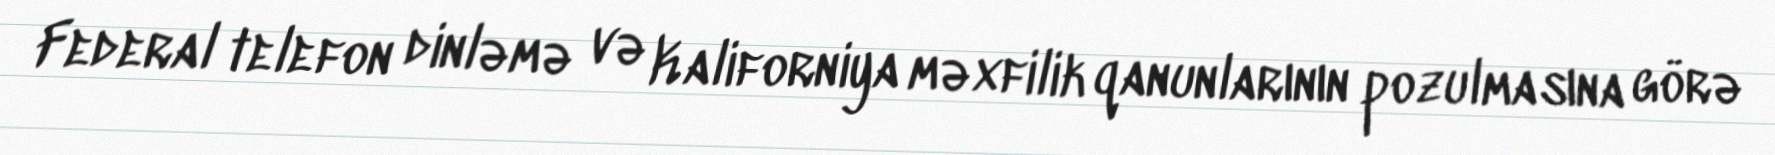
Federal telefon dinləmə və Kaliforniya məxfilik qanunlarının pozulmasına görə